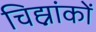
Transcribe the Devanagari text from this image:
चिह्नांकों